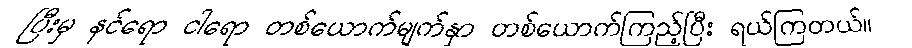
ပြီးမှ နင်ရော ငါရော တစ်ယောက်မျက်နှာ တစ်ယောက်ကြည့်ပြီး ရယ်ကြတယ်။